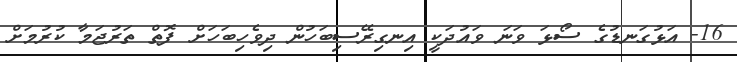
16- އަޅުގަނޑުގެ ސޯޅަ ވަނަ ވައުދަކީ އިނގިރޭސިބަހުން ދިވެހިބަހަށް ފޮތް ތަރުޖަމާ ކުރުމަށް